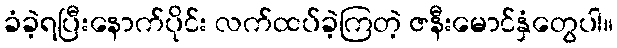
ခံခဲ့ရပြီးနောက်ပိုင်း လက်ထပ်ခဲ့ကြတဲ့ ဇနီးမောင်နှံတွေပါ။